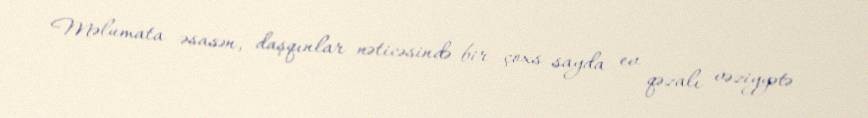
Məlumata əsasən, daşqınlar nəticəsində bir çoxs sayda ev qəzalı vəziyyətə